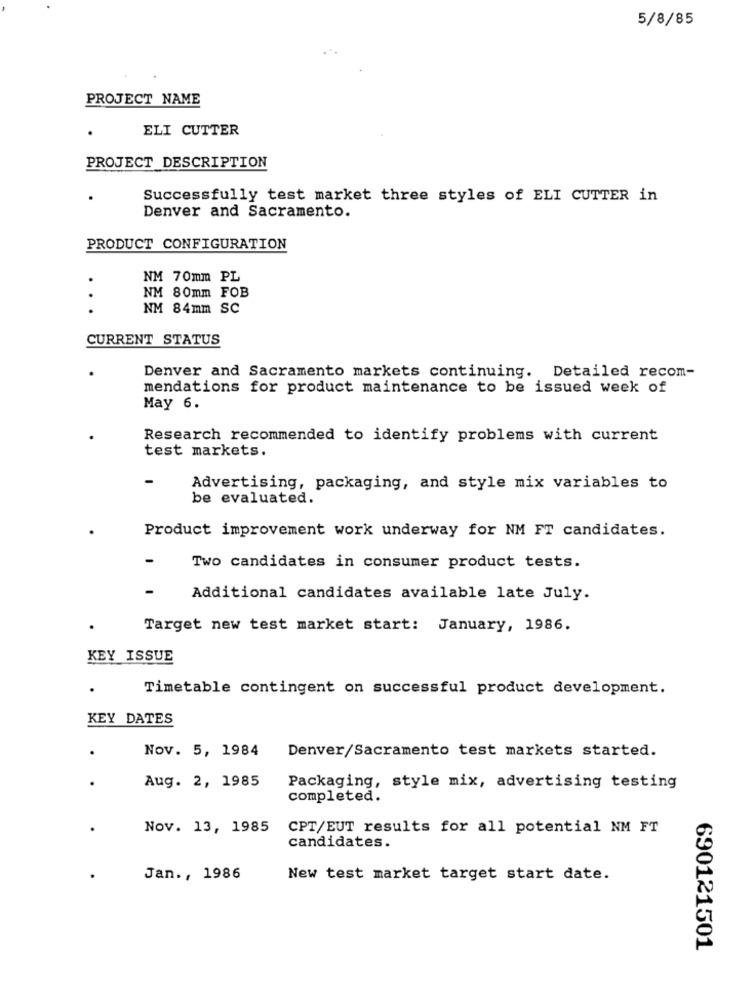
5/8/85
PROJECT NAME
ELI CUTTER
PROJECT DESCRIPTION
Successfully test market three styles of ELI CUTTER in
Denver and Sacramento.
PRODUCT CONFIGURATION
NM 70mm PL
NM 80mm FOB
. .
NM 84mm SC
CURRENT STATUS
Denver and Sacramento markets continuing. Detailed recom-
mendations for product maintenance to be issued week of
May 6.
Research recommended to identify problems with current
test markets.
Advertising, packaging, and style mix variables to
be evaluated.
Product improvement work underway for NM FT candidates.
Two candidates in consumer product tests.
Additional candidates available late July.
Target new test market start: January, 1986.
KEY ISSUE
Timetable contingent on successful product development.
KEY DATES
Nov. 5, 1984
Denver/Sacramento test markets started.
.
Aug. 2, 1985
Packaging, style mix, advertising testing
completed.
Nov. 13, 1985
CPT/EUT results for all potential NM FT
candidates.
Jan ., 1986
New test market target start date.
690121501